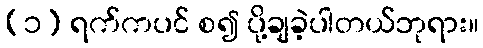
(၁) ရက်ကပင် စ၍ ပို့ချခဲ့ပါတယ်ဘုရား။